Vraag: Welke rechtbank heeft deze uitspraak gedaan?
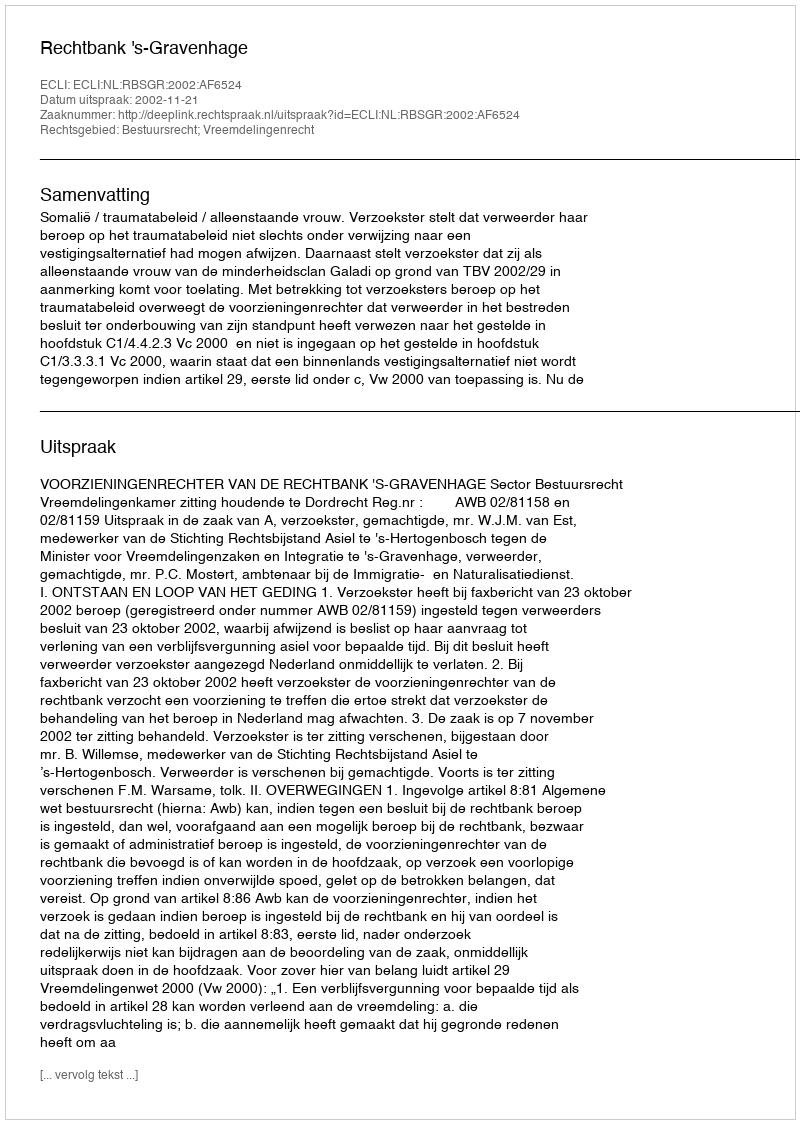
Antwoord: Rechtbank 's-Gravenhage